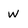
Character: W